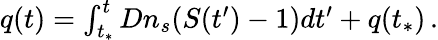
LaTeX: \begin{array}{r}{q(t)=\int_{t_{*}}^{t}Dn_{s}(S(t^{\prime})-1)dt^{\prime}+q(t_{*})\, .}\end{array}